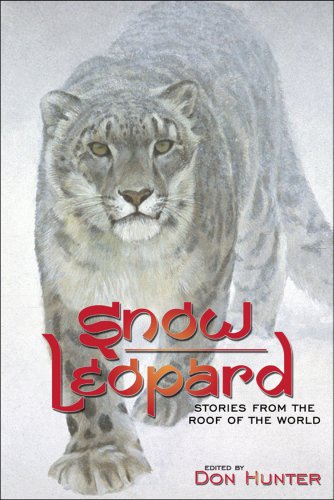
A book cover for Snow Leopard: Stories from the Roof of the World; Science & Math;